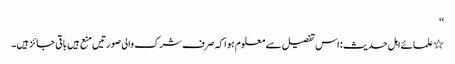
‘‘
٭علمائے اہل حدیث : اس تفصیل سے معلوم ہوا کہ صرف شرک والی صورتیں منع ہیں باقی جائز ہیں۔